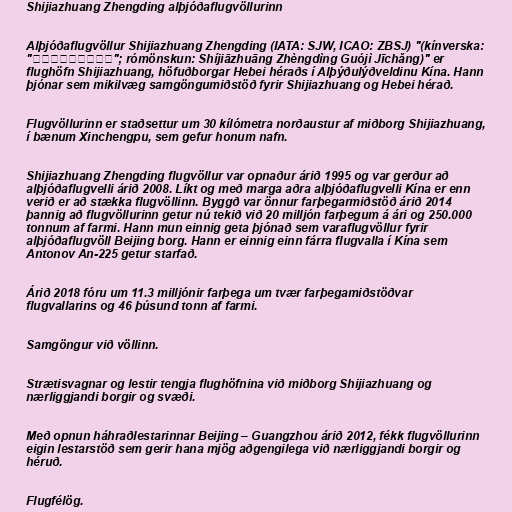
Shijiazhuang Zhengding alþjóðaflugvöllurinn

Alþjóðaflugvöllur Shijiazhuang Zhengding (IATA: SJW, ICAO: ZBSJ) "(kínverska:
"石家庄正定国际机场"; rómönskun: Shíjiāzhuāng Zhèngdìng Guójì Jīchǎng)" er
flughöfn Shijiazhuang, höfuðborgar Hebei héraðs í Alþýðulýðveldinu Kína. Hann
þjónar sem mikilvæg samgöngumiðstöð fyrir Shijiazhuang og Hebei hérað.

Flugvöllurinn er staðsettur um 30 kílómetra norðaustur af miðborg Shijiazhuang,
í bænum Xinchengpu, sem gefur honum nafn.

Shijiazhuang Zhengding flugvöllur var opnaður árið 1995 og var gerður að
alþjóðaflugvelli árið 2008. Líkt og með marga aðra alþjóðaflugvelli Kína er enn
verið er að stækka flugvöllinn. Byggð var önnur farþegarmiðstöð árið 2014
þannig að flugvöllurinn getur nú tekið við 20 milljón farþegum á ári og 250.000
tonnum af farmi. Hann mun einnig geta þjónað sem varaflugvöllur fyrir
alþjóðaflugvöll Beijing borg. Hann er einnig einn fárra flugvalla í Kína sem
Antonov An-225 getur starfað.

Árið 2018 fóru um 11.3 milljónir farþega um tvær farþegamiðstöðvar
flugvallarins og 46 þúsund tonn af farmi.

Samgöngur við völlinn.

Strætisvagnar og lestir tengja flughöfnina við miðborg Shijiazhuang og
nærliggjandi borgir og svæði.

Með opnun háhraðlestarinnar Beijing – Guangzhou árið 2012, fékk flugvöllurinn
eigin lestarstöð sem gerir hana mjög aðgengilega við nærliggjandi borgir og
héruð.

Flugfélög.